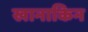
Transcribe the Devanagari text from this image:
खानाकिन